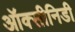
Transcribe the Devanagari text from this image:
ऑक्सीनिडी